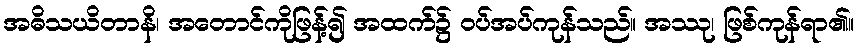
အဓိသယိတာနိ၊ အတောင်ကိုဖြန့်၍ အထက်၌ ဝပ်အပ်ကုန်သည်။ အဿု၊ ဖြစ်ကုန်ရာ၏။